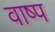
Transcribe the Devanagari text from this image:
वाष्‍प